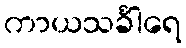
ကာယသင်္ခါရေ